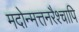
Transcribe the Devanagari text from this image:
मदोन्मत्तनरैश्‍चापि